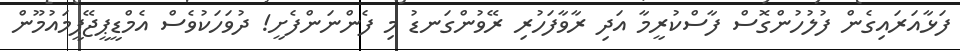
ފަޅާއަރައިގެން ފުލުހުންގޮސް ފާސްކުރީމާ އަދި ރާވާފަހުރި ރޭވުންގަނޑު މި ފެންނަންފެށީ! ދުވަހަކުވެސް އެމްޑީޕީޖޭޕީމައުމޫން